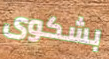
بشكوى